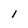
Character: l